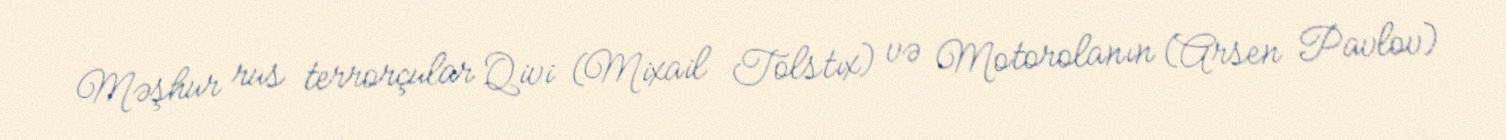
Məşhur rus terrorçular Qivi (Mixail Tolstıx) və Motorolanın (Arsen Pavlov)